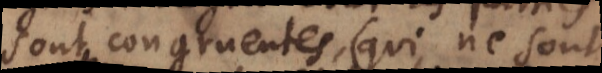
sont congruentes (qui ne sont